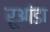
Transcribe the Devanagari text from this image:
रूआंडा